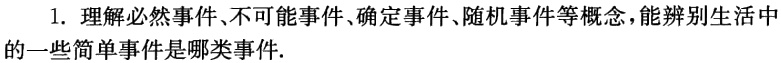
1. 理解必然事件、不可能事件、确定事件、随机事件等概念，能辨别生活中
的一些简单事件是哪类事件.